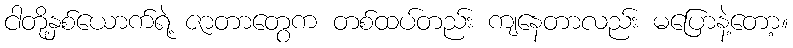
ငါတို့နှစ်ယောက်ရဲ့ ဇာတာတွေက တစ်ထပ်တည်း ကျနေတာလည်း မပြောနဲ့တော့။